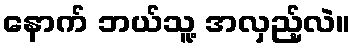
နောက် ဘယ်သူ့ အလှည့်လဲ။